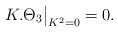
\begin{align*} K.\Theta_{3}{\big|}_{K^{2}=0}=0.\end{align*}